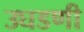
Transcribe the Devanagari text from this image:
उघडणी